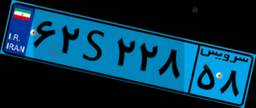
۶۲S۲۲۸۵۸